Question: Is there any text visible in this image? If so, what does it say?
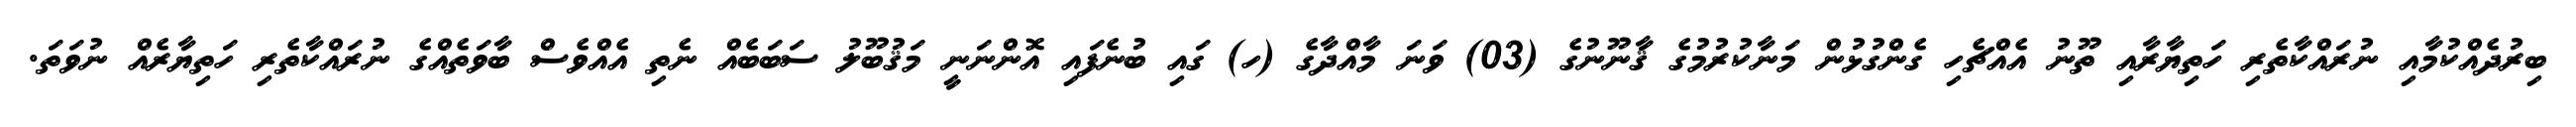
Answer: ބިރުދެއްކުމާއި ނުރައްކާތެރި ހަތިޔާރާއި ތޫނު އެއްޗެހި ގެންގުޅުން މަނާކުރުމުގެ ޤާނޫނުގެ (03) ވަނަ މާއްދާގެ (ހ) ގައި ބުނެފައި އޮންނަނީ މަޤުބޫލު ސަބަބެއް ނެތި އެއްވެސް ބާވަތެއްގެ ނުރައްކާތެރި ހަތިޔާރެއް ނުވަތަ.